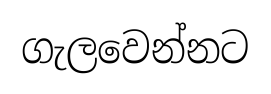
ගැලවෙන්නට